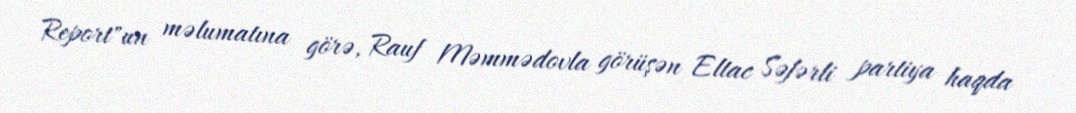
Report"un məlumatına görə, Rauf Məmmədovla görüşən Eltac Səfərli partiya haqda